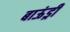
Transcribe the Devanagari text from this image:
बाऊंड्री